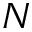
N